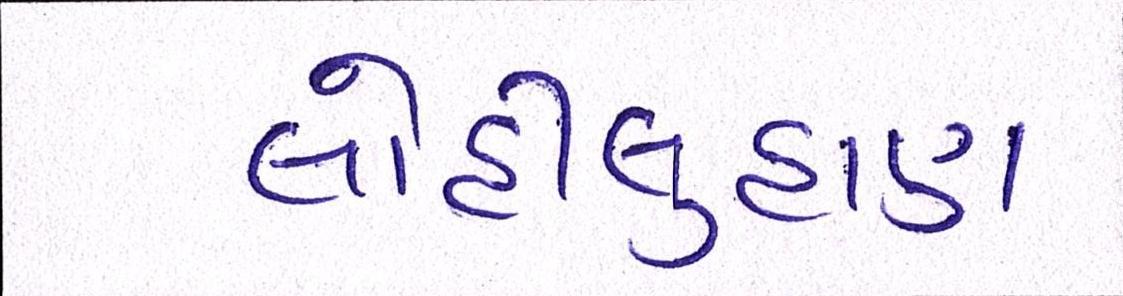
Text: લોહીલુહાણ